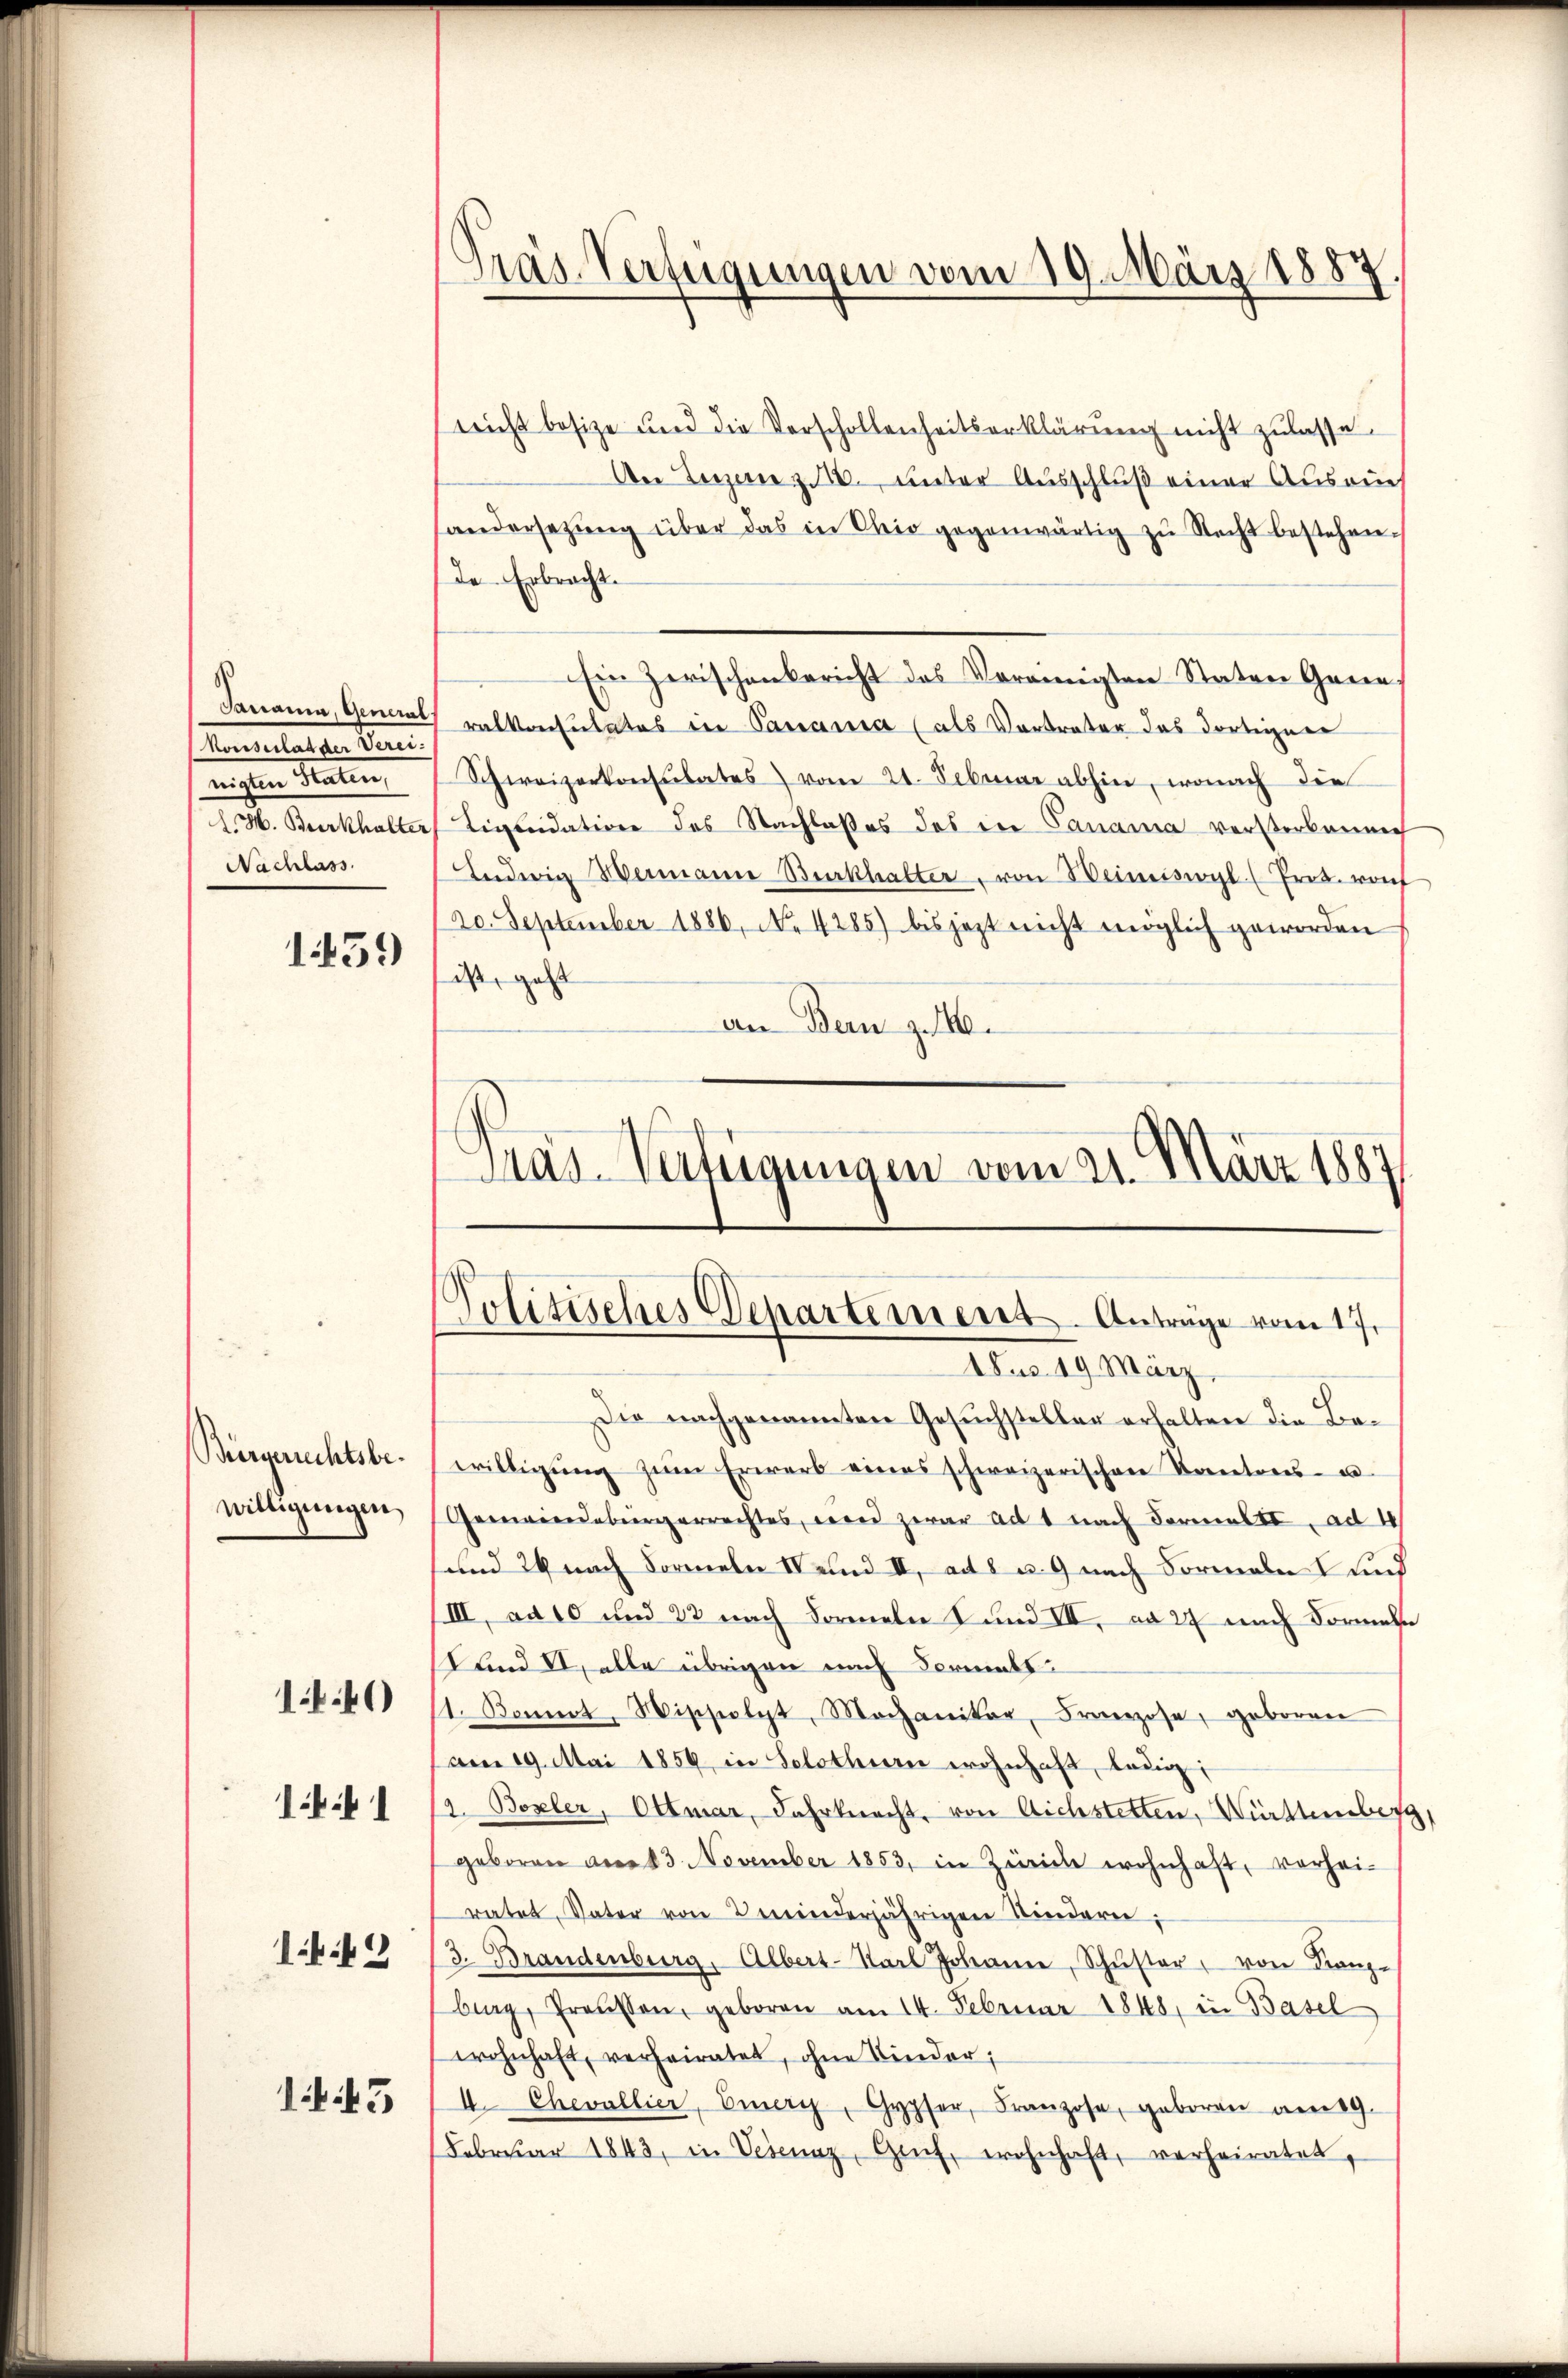
Koesserlag der Verei.
nichten Mater
Nachlass.

1459

Bürgerechtsbe
willigungen

1.40)

14 f 2

11

43

(nicht besize und die Verschollenheitserklärung nicht zulasse.
An Terzene zu 10. unter Ausschluß einer Ausrich
handersetzŭng über das in Ohio gegenwärtig zu Recht bestehen.
de Erbracht.
Ein Zwischenbericht des Vereinigten Staten Gene¬
Panama, General Kalkonsulates in Canania (als Vertreter das dortigen
Schweizerkonsulates) vom 21. Februar abhin, wonach die
LH. Burkhalter Liquidation des Nachlaßes des in Canama vorsterbenne
Ludwig Wermann Burckhalter, von Heimiswyl (Prot. von
20. September 1886, No. 4285) bis jezt nicht möglich geworden
ist, geht
an Bern z. 146.
6
Pras-Verfügungen vom 21. März 1887

Präs. Verfügungen vom 19. März 1887.

.
Jolitisches Departement. Anträge vom 17.
Aus 19 März,

Die nachgenannten Gesuchsteller erhalten die Bewilligŭng zŭm Erwerb eines schweizerischen Kantons- u
Gemeindebürgerrechtes, wird zwar ad 1 nach Formalt, ad 4
s und 24 nach Formeln und II, ad 8 u. 9 nach Formale und
/III, ad 10 und 23 nach Formeln I und III, ad 27 nach Formale
Lund II, alle übrigen nach Formats¬
1. Kommt, Wissolgt, Mechaniker, Franzose, geboren
am 19. Mai 1859 in Solothurn wohnhaft, ledig
2. Boxler, Ottmar, Fahrknacht, von Aichstetten, Württemberg,
geboren am 23. November 1853, in Zürich wohnhaft, vorhei-
ratet, Vater von minderjährigen Kindern;
3. Brandenburg, Albert-Karl Johanne, Schŭster, von Kanze
burg, Graussen, geboren am 14. Februar 1848, in Basel
wohnhaft, verheiratet, ohne Kinder;
I. Chevallier, Einerz, Gypfer, Franzose, geboren am 19.
Februar 1843, in Verenz, Genf, wohnhaft, verheiratet,